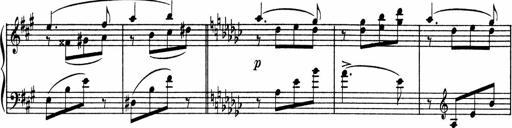
Title: Sonatine pour piano
Composer: Albert Roussel